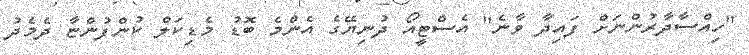
"ހިއްސާދާރުންނަށް ފައިދާ ވާނެ" އެސްޓީއޯ ދުނިޔޭގެ އެންމެ ބޮޑު މެޑިކަލް ކުންފުންޏާ ދެމެދު